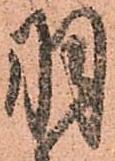
羽